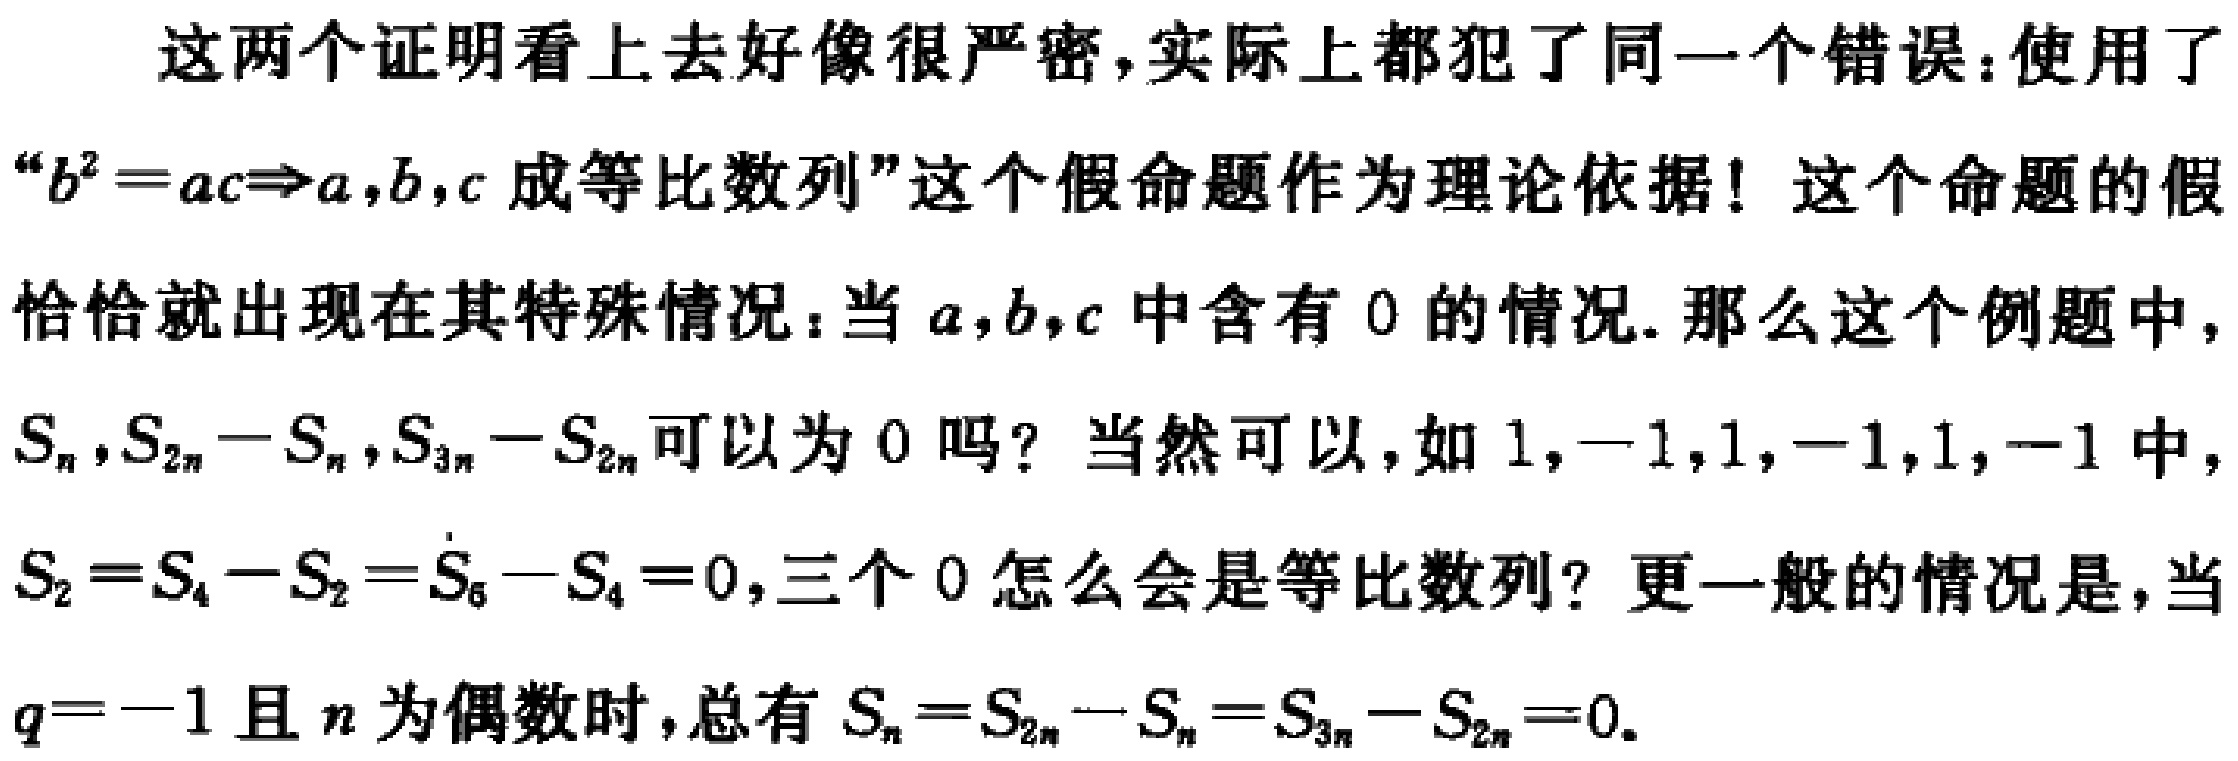
这两个证明看上去好像很严密,实际上都犯了同一个错误：使用了
“\(b^{2}=ac\Rightarrow a,b,c\) 成等比数列”这个假命题作为理论依据！这个命题的假
恰恰就出现在其特殊情况：当 \(a,b,c\) 中含有 \(0\) 的情况. 那么这个例题中,
\(S_{n},S_{2n}-S_{n},S_{3n}-S_{2n}\) 可以为 \(0\) 吗？当然可以,如 \(1, - 1,1, - 1,1, - 1\) 中,
\(S_{2}=S_{4}-S_{2}=S_{6}-S_{4}=0\),三个 \(0\) 怎么会是等比数列？更一般的情况是,当
\(q = - 1\) 且 \(n\) 为偶数时,总有 \(S_{n}=S_{2n}-S_{n}=S_{3n}-S_{2n}=0\).